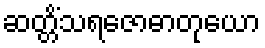
ဆတ္တိံသရဇောဓာတုယော